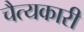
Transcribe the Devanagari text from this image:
चैत्यकारी